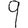
Digit: 9